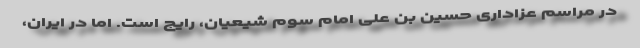
در مراسم عزاداری حسین بن علی امام سوم شیعیان، رایج است. اما در ایران،